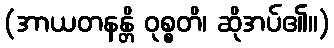
(အာယတနန္တိ ဝုစ္စတိ၊ ဆိုအပ်၏။)